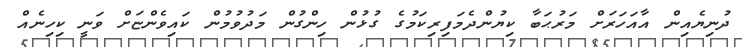
ދުނިޔެއިން އާއަހަރަށް މަރުޙަބާ ކިޔުންދެމަފިރިކަމުގެ ގުޅުން ހިންގުން މަދުވުމުން ކައިވެންޏަށް ވަނީ ކިހިނެއް